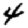
Digit: 4